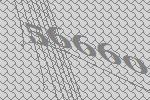
56660